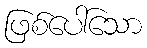
ဖြစ်ပေါ်သော